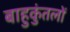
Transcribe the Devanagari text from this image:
बाहुकुंतलों